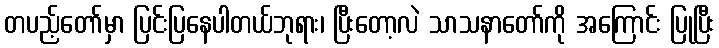
တပည့်တော်မှာ ပြင်းပြနေပါတယ်ဘုရား၊ ပြီးတော့လဲ သာသနာတော်ကို အကြောင်း ပြုပြီး